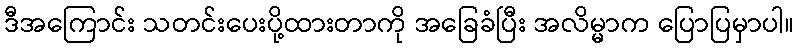
ဒီအကြောင်း သတင်းပေးပို့ထားတာကို အခြေခံပြီး အလိမ္မာက ပြောပြမှာပါ။